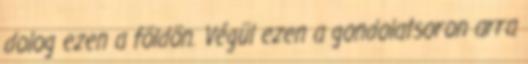
dolog ezen a földön. Végül ezen a gondolatsoron arra